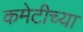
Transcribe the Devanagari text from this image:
कमेटीच्या